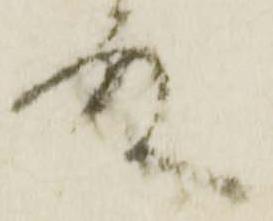
殿